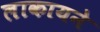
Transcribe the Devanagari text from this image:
लाकायने